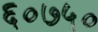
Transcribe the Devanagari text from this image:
६०७५०